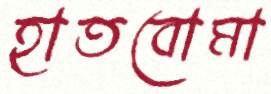
হাতবোমা